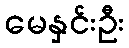
မေနှင်းဦး